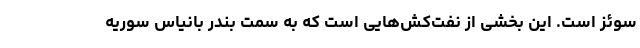
سوئز است. این بخشی از نفت‌کش‌هایی است که به سمت بندر بانیاس سوریه